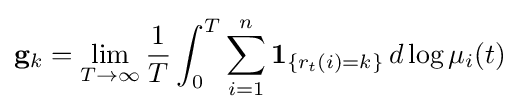
\mathbf {g} _{k}=\lim _{T\to \infty }{\frac {1}{T}}\int _{0}^{T}\sum _{i=1}^{n}\mathbf {1} _{\{r_{t}(i)=k\}}\,d\log \mu _{i}(t)